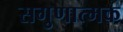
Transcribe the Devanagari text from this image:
सगुणात्मक